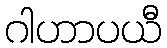
ဂါဟာပယီ